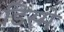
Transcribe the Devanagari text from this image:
डिस्मे